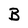
Character: B